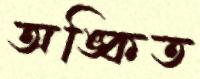
অঙ্কিত